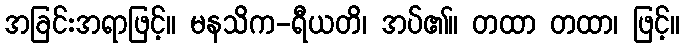
အခြင်းအရာဖြင့်။ မနသိက-ရီယတိ၊ အပ်၏။ တထာ တထာ၊ ဖြင့်။